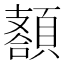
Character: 𩔩